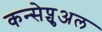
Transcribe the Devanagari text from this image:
कन्सेप्चुअल